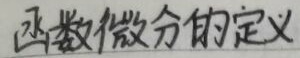
函数微分的定义